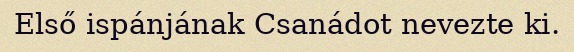
Első ispánjának Csanádot nevezte ki.